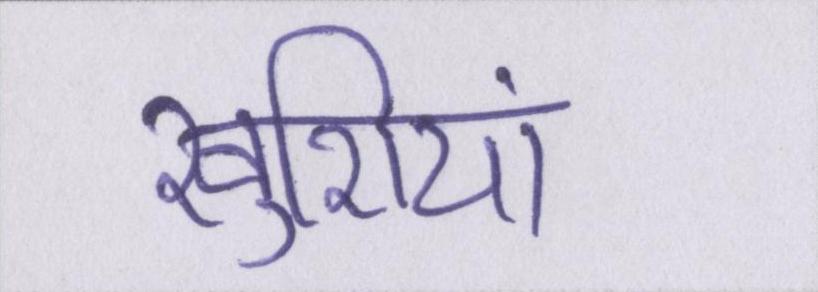
खुशियां